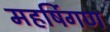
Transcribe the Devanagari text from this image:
महर्षिगण